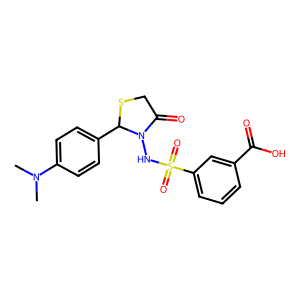
SMILES: CN(C)c1ccc(C2SCC(=O)N2NS(=O)(=O)c2cccc(C(=O)O)c2)cc1
Inhibits HIV replication: No